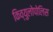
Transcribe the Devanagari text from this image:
किव्युलोपोलिस